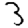
Digit: 3